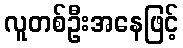
လူတစ်ဦးအနေဖြင့်